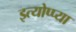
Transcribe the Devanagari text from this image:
इत्योप्प्या